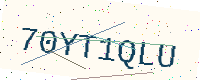
Text: 70YT1QLU